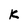
Character: k